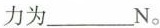
力为___N。